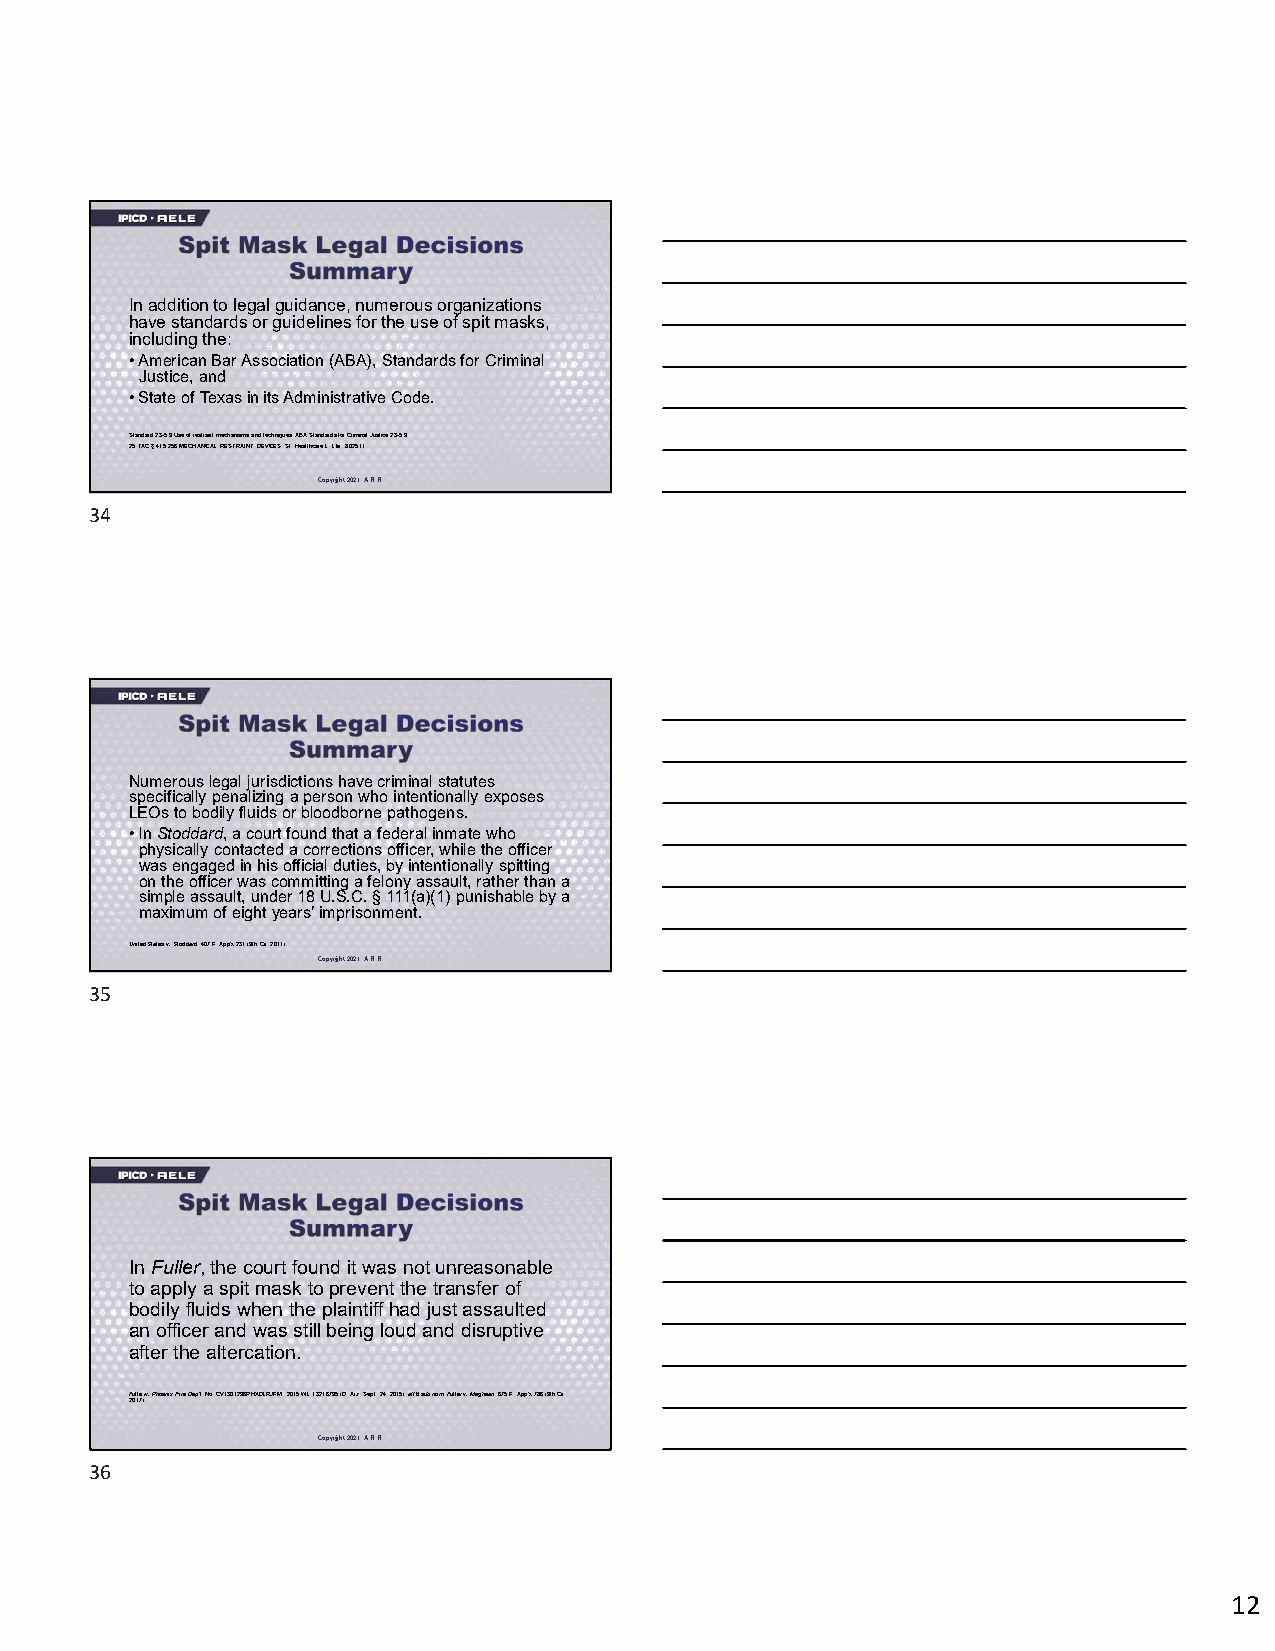
In addition to legal guidance, numerous organizations
 have standards or guidelines for the use of spit masks,
 including the:
 •American Bar Association (ABA), Standards for Criminal
 Justice, and
 •State of Texas in its Administrative Code.
 Standard 23-5.9 Use of restraint mechanisms and techniques, ABA Standards for Criminal Justice 23-5.9.
 25 TAC §415.256 MECHANICAL RESTRAINT DEVICES, St. Healthcare L. Libr. 802511.
 Copyright 2021. A.R.R.
 34
 Numerous legal jurisdictions have criminal statutes
 specifically penalizing a person who intentionally exposes
 LEOs to bodily fluids or bloodborne pathogens.
 •In Stoddard, a court found that a federal inmate who
 physically contacted a corrections officer, while the officer
 was engaged in his official duties, by intentionally spitting
 on the officer was committing a felony assault, rather than a
 simple assault, under 18 U.S.C. §111(a)(1) punishable by a
 maximum of eight years’ imprisonment.
 United States v. Stoddard, 407 F. App'x 231 (9th Cir. 2011).
 Copyright 2021. A.R.R.
 35
 In Fuller, the court found it was not unreasonable
 to apply a spit mask to prevent the transfer of
 bodily fluids when the plaintiff had just assaulted
 an officer and was still being loud and disruptive
 after the altercation.
 Fuller v. Phoenix Fire Dep't, No. CV1301296PHXDLRJFM, 2015 WL 13216795 (D. Ariz. Sept. 24, 2015), aff'd sub nom. Fuller v. Meghean, 675 F. App'x 786 (9th Cir.
 2017).
 Copyright 2021. A.R.R.
 36
 12